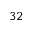
^ { 3 2 }